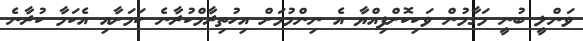
ވަންލީ ބުނީ މަގާމުން ވަކިކޮށްފިއްޔާ އެ ނިންމުމަށް އިހުތިރާމްކުރާނެ ކަމަށާއި އެކަމާ ކުރާނެ